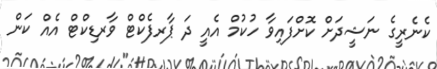
ކެނެރީގެ ނަޝީދަށް ކޮށްފައިވާ ހުކުމް އެއީ ދަ ޕާރފެކްޓް ވާރޑިކްޓް އެއް ކަން